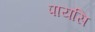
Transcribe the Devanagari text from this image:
पायसि